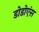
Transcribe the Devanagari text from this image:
डोडोएंस